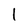
Character: l